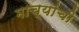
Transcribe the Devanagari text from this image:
माच्यांची